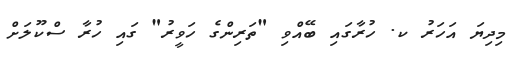
މިދިޔަ އަހަރު ކ. ހުރާގައި ބޭއްްވި "ތަރިންގެ ހަވީރު" ގައި ހުރާ ސްކޫލަށް